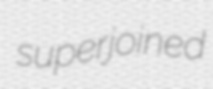
superjoined